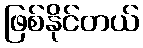
ဖြစ်နိုင်တယ်